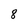
Character: 8